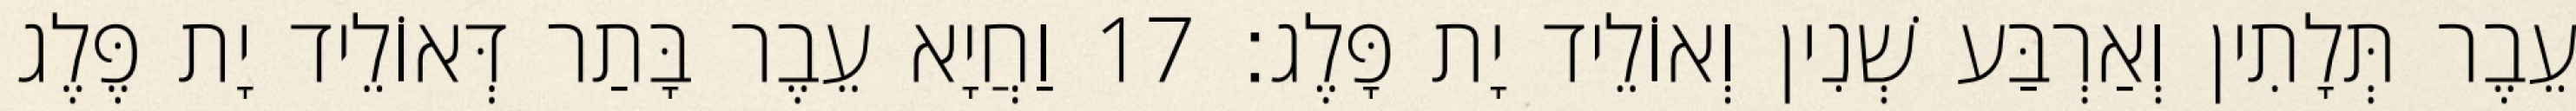
עֵבֶר תְּלָתִין וְאַרְבַּע שְׁנִין וְאוֹלֵיד יָת פָּלֶג׃ 17 וַחֲיָא עֵבֶר בָּתַר דְּאוֹלֵיד יָת פֶּלֶג